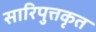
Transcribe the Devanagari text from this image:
सारिपुत्तकृत